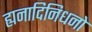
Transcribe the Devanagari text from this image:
ह्यनादिनिधनो